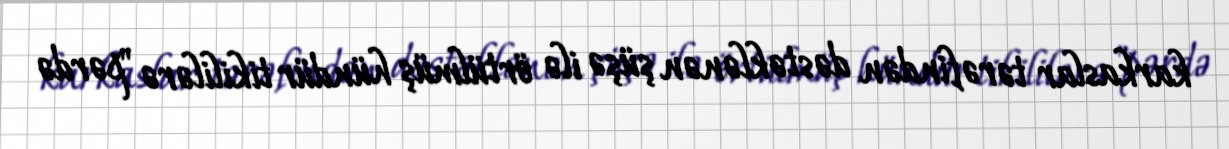
karkaslar tərəfindən dəstəklənən şüşə ilə örtülmüş hündür tikililərə "pərdə